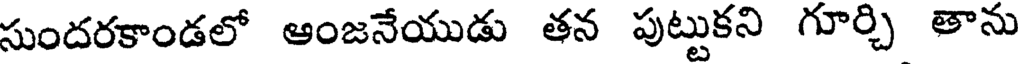
సుందరకాండలో ఆంజనేయుడు తన పుట్టుకని గూర్చి తాను